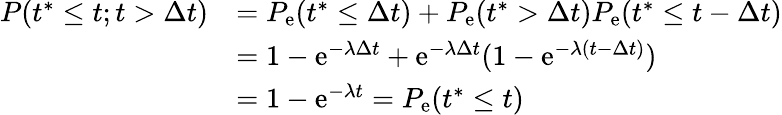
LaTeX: \begin{array}{rl}{P(t^{\ast}\leq t;t>\Delta t)}&{=P_{\mathrm{e}}(t^{\ast}\leq\Delta t)+P_{\mathrm{e}}(t^{\ast}>\Delta t)P_{\mathrm{e}}(t^{\ast}\leq t-\Delta t)}\\ &{=1-\mathrm{e}^{-\lambda\Delta t}+\mathrm{e}^{-\lambda\Delta t}(1-\mathrm{e}^{-\lambda(t-\Delta t)})}\\ &{=1-\mathrm{e}^{-\lambda t}=P_{\mathrm{e}}(t^{\ast}\leq t)}\end{array}